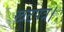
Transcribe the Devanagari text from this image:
खटपत्र।